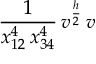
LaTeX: \frac { 1 } { x _ { 1 2 } ^ { 4 } \, x _ { 3 4 } ^ { 4 } } \, v ^ { \frac { h } { 2 } } \, v \,